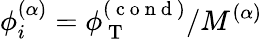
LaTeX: \phi_{i}^{(\alpha)}=\phi_{\mathrm{~T~}}^{(\mathrm{~c~o~n~d~})}/M^{(\alpha)}